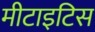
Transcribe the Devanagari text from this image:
मीटाइटिस